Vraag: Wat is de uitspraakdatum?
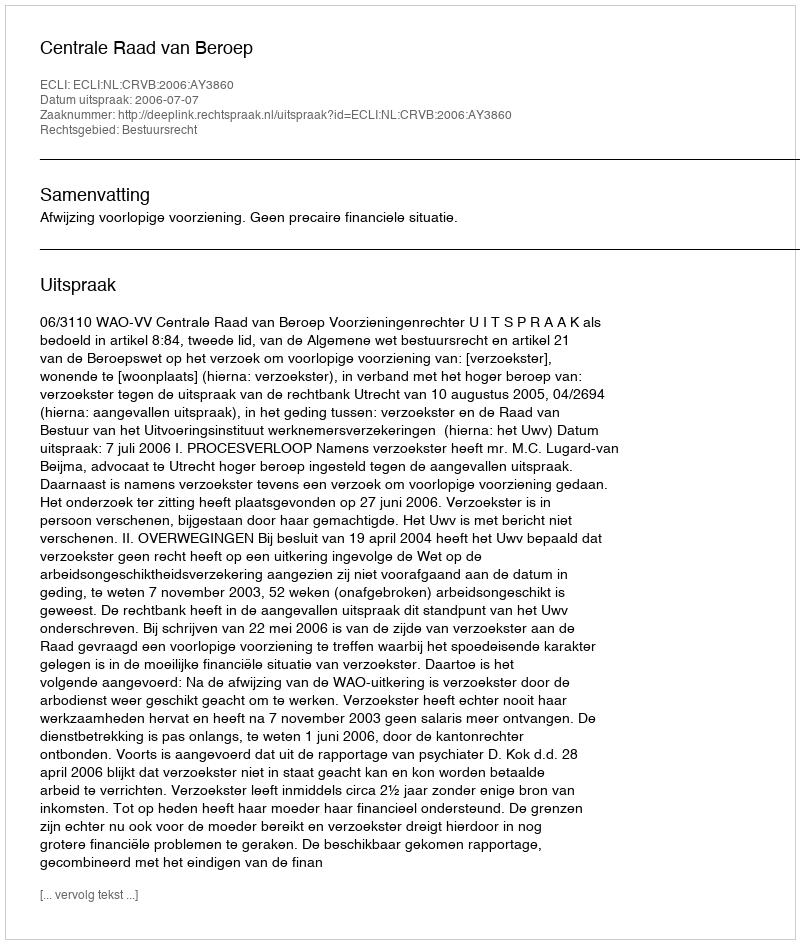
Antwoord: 2006-07-07